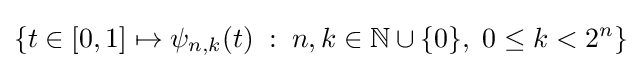
\{t\in [0,1]\mapsto \psi _{n,k}(t)\;:\;n,k\in \mathbb {N} \cup \{0\},\;0\leq k<2^{n}\}